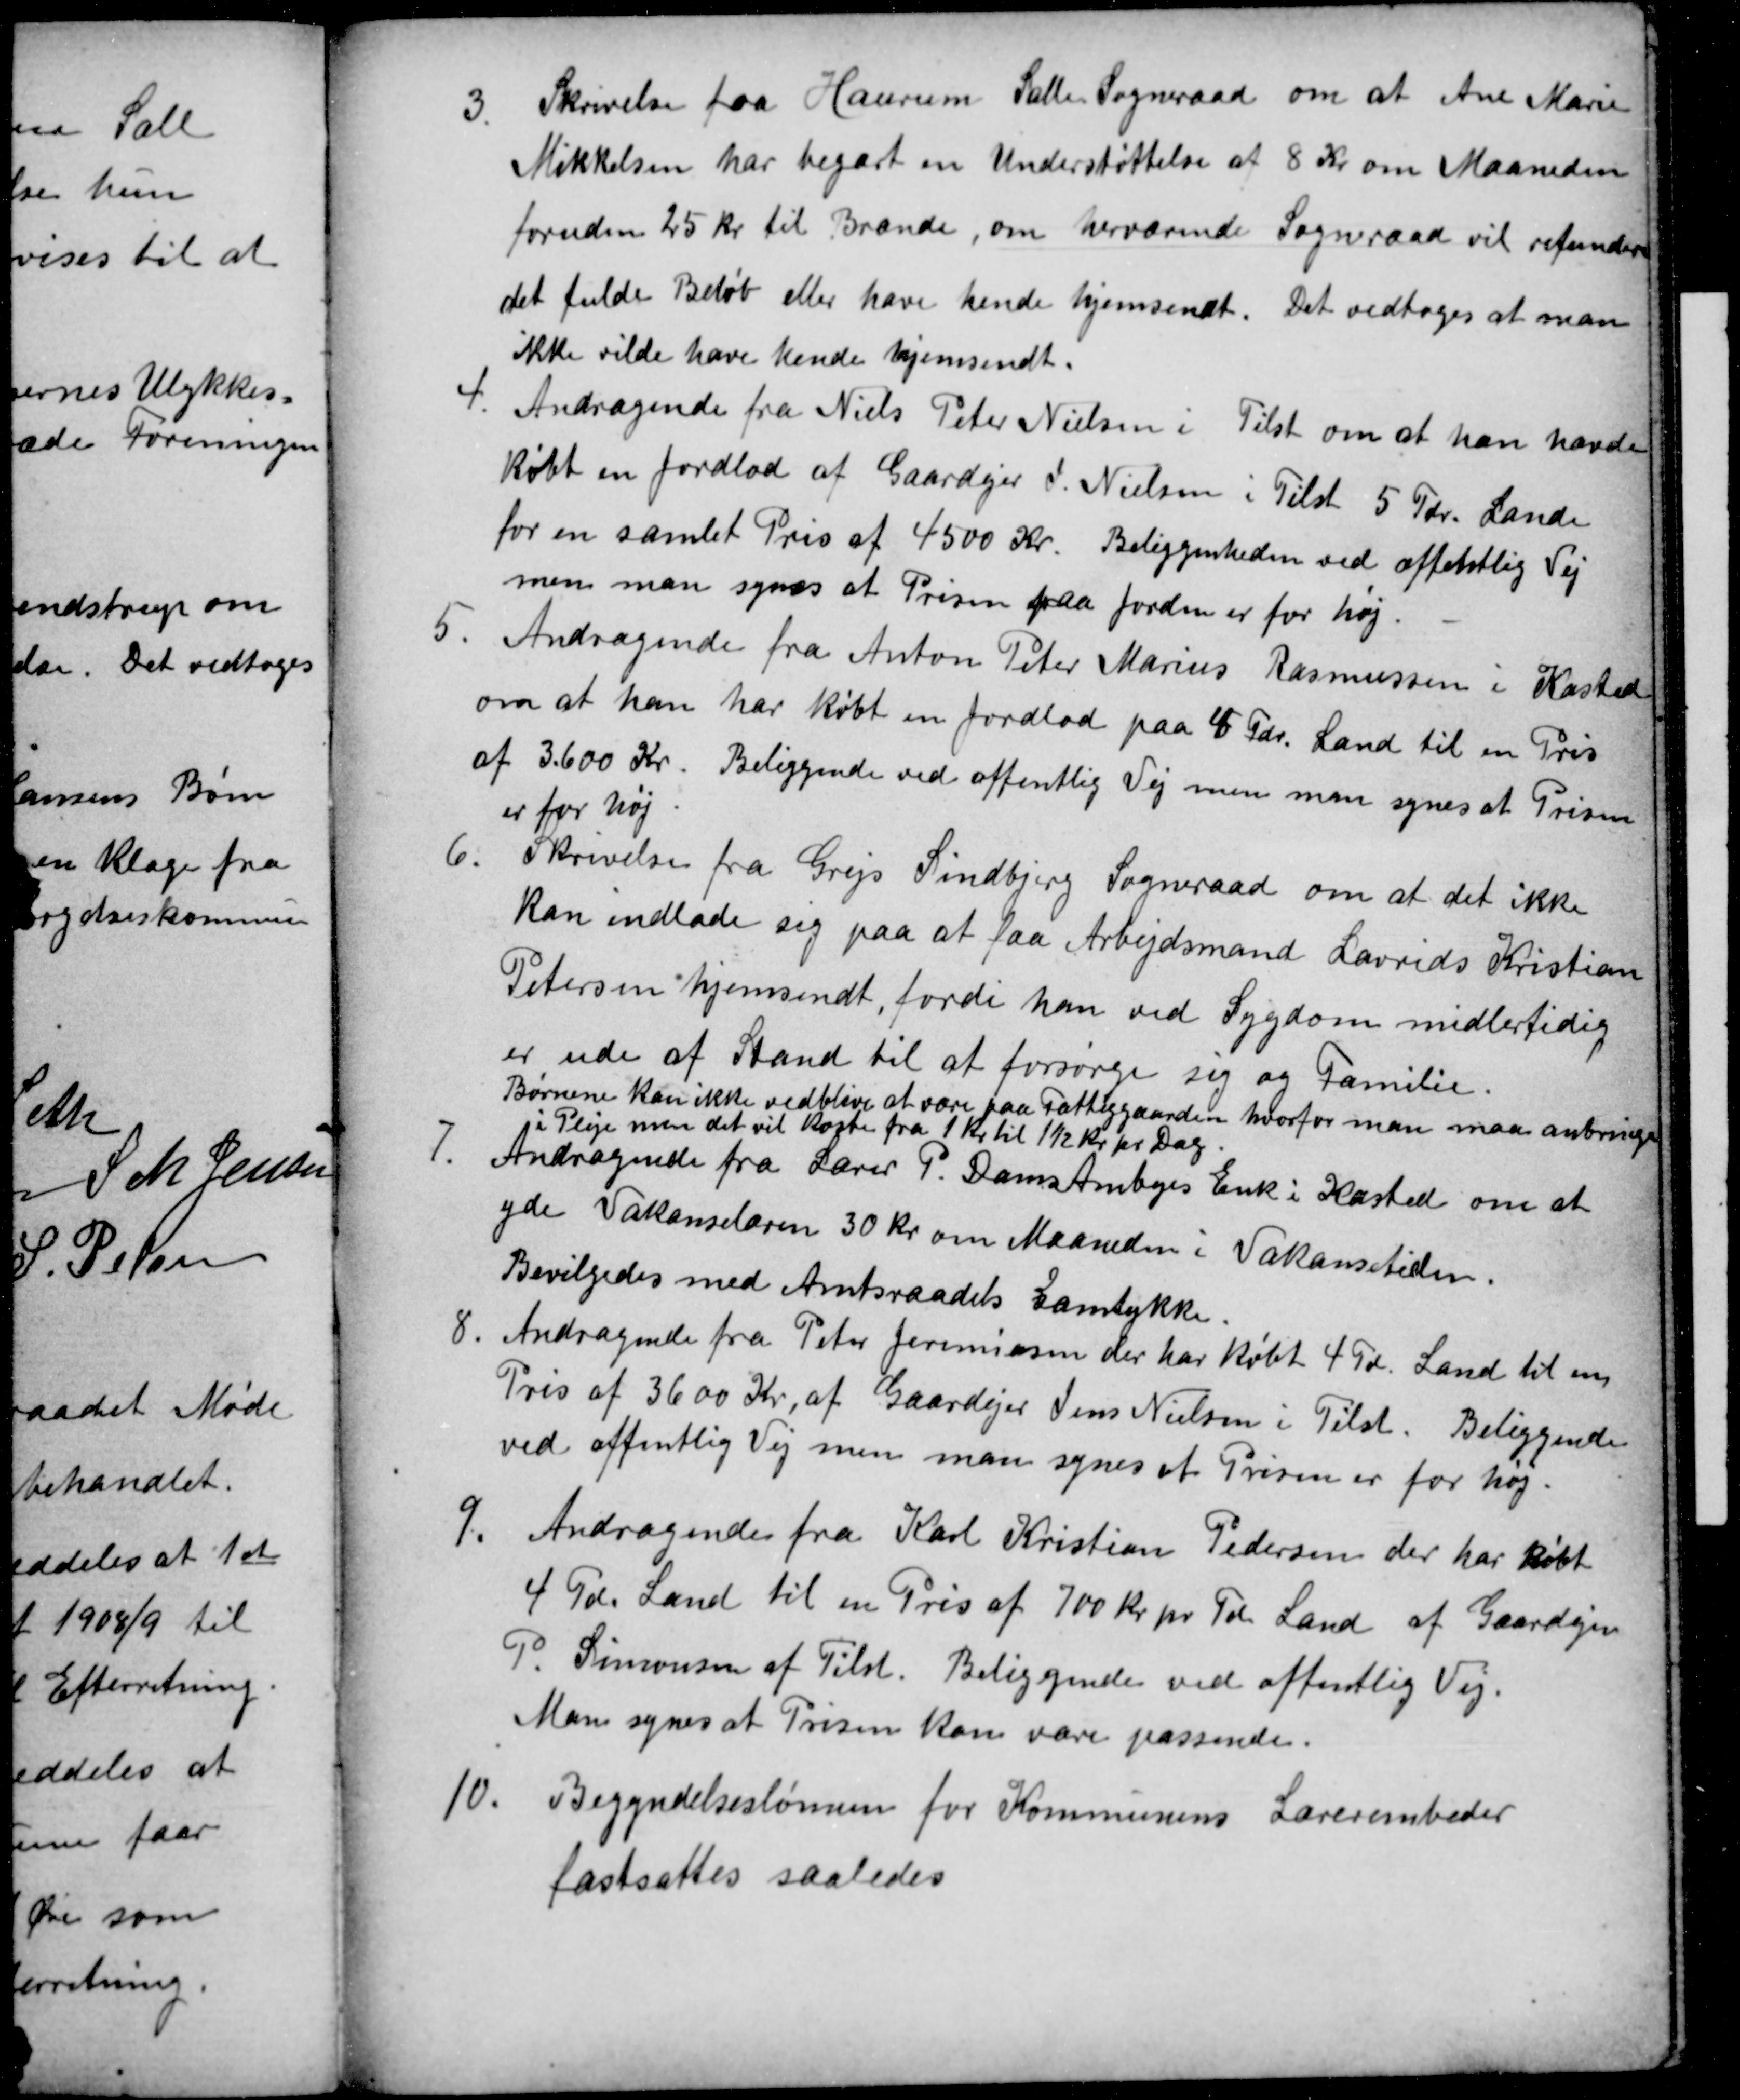
Transskription:
3.
Skrivelse fra Haurum Sals Sogneraad om at Ane Marie
Mikkelsen har begært en Understøttelse af 8 Kr om Maaneden
foruden 25 kr. til Brænde, om herværende Sogneraad vil refundere
det fulde Beløb eller have hende hjemsendt. Det vedtoges at man
ikke vilde have hende hjemsendt.
4.
Andragende fra Niels Peter Nielsen i Tilst om at han havde
købt en Jordlod af Gaardejer J. Nielsen i Tilst 5 Tdr. Lande
for en samlet Pris af 4500 Kr. Beliggenheden ved offentlig Vej
men man synes at Prisen paa Jorden er for høj.
5.
Andragende fra Anton Peter Marius Rasmussen i Kasted
om at han har købt en Jordlod paa 4 Tdr. Land til en Pris
af 3.600 Kr. Beliggende ved offentlig Vej men man synes at Prisen
er for høj.
6.
Skrivelse fra Grejs Sindbjerg Sogneraad om at det ikke
kan indlade sig paa at faa Arbejdsmand Laurids Kristian
Petersen hjemsendt, fordi han ved Sygdom midlertidig
er ude af Stand til at forsørge sig og Familie.
Børnene kan ikke vedblive at være paa Fattiggaarden hvorfor man maa anbringe
i Pleje men det vil koste fra 1 Kr til 1½ Kr pr Dag.
7.
Andragende fra Lærer P. Dams Ambyes Enk i Kasted om at
yde Vakanselæren 30 kr om Maaneden i Vakansetiden
Bevilgedes med Amtsraadets Samtykke.
8.
Andragende fra Peter Jeremiasen der har købt 4 Td. Land til en
Pris af 3600 Kra af Gaardejer Jens Nielsen i Tilst. Beliggende
ved offentlig Vej men man synes at Prisen er for høj.
9.
Andragende fra Karl Kristian Pedersen der har købt
4 Td. Land til en Pris af 700 Kr pr Td. Land af Gaardejer
P. Simonsen af Tilst. Beliggende ved offentlig Vej.
Man synes at Prisen kan være passende.
10.
Begyndelseslønnen for Kommunens Lærerembeder
fastsattes saaledes